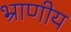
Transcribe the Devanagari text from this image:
भ्राणीय